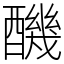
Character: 䤒